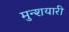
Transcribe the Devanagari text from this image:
मुन्शयारी